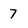
Character: 7